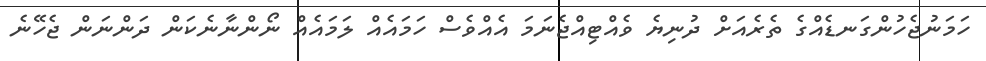
ހަމަނުޖެހުންގަނޑެއްގެ ތެރެއަށް ދުނިޔެ ވެއްޓިއްޖެނަމަ އެއްވެސް ހަމައެއް ލަމައެއް ނޯންނާނެކަން ދަންނަން ޖެހޭނެ